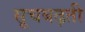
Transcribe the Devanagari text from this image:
सूचबढ़ती